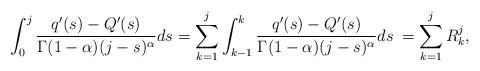
LaTeX: \begin{align*}\int_0^j\frac{q'(s)-Q'(s)}{\Gamma(1-\alpha)(j-s)^{\alpha}}d s=\sum_{k=1}^j\int_{k-1}^{k}\frac{q'(s)-Q'(s)}{\Gamma(1-\alpha)(j-s)^{\alpha}}d s\:=\sum_{k=1}^jR_k^j,\end{align*}